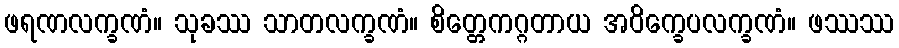
ဖရဏလက္ခဏံ။ သုခဿ သာတလက္ခဏံ။ စိတ္တေကဂ္ဂတာယ အဝိက္ခေပလက္ခဏံ။ ဖဿဿ